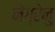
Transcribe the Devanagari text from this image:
नेग्रेनु